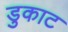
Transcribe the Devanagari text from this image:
डुकाट